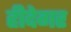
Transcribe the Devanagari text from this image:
हीदेगर